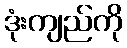
ဒုံးကျည်ကို